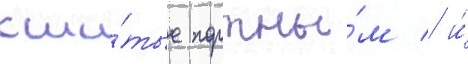
сши́тые портны́м / и́